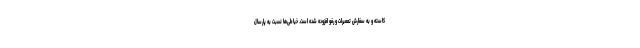
کاسته و به سفارش تعمیرات و رفو افزوده شده است. خیاطی‌ها نسبت به پارسال